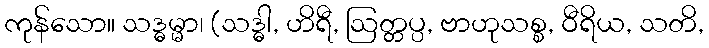
ကုန်သော။ သဒ္ဓမ္မာ၊ (သဒ္ဓါ, ဟိရီ, ဩတ္တပ္ပ, ဗာဟုသစ္စ, ဝီရိယ, သတိ,